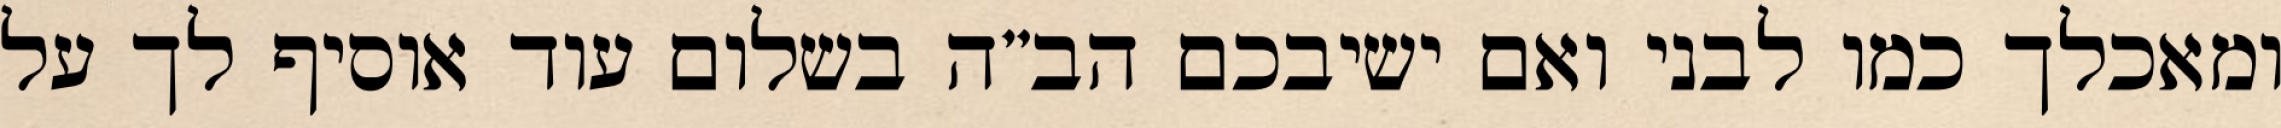
ומאכלך כמו לבני ואם ישיבכם הב”ה בשלום עוד אוסיף לך על